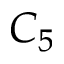
C _ { 5 }